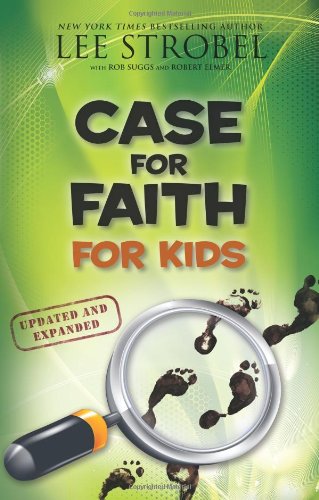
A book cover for Case for Faith for Kids (Case for... Series for Kids); Lee Strobel; Christian Books & Bibles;